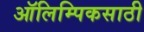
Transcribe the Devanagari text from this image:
ऑलिम्पिकसाठी